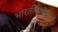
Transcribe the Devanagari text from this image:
भारतीयापेक्षा